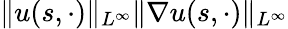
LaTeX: \| u(s,\cdot)\| _{L^{\infty}}\| \nabla u(s,\cdot)\| _{L^{\infty}}